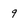
Character: 9